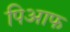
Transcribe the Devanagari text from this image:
पिआफ